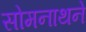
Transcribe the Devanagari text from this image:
सोमनाथने